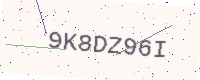
Text: 9K8DZ96I